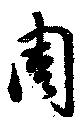
周